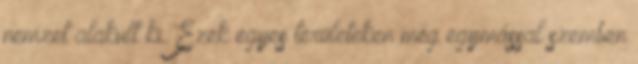
nemzet alakult ki. Ezek egyes területeken még egymással szemben